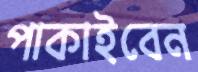
পাকাইবেন